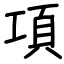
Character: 項